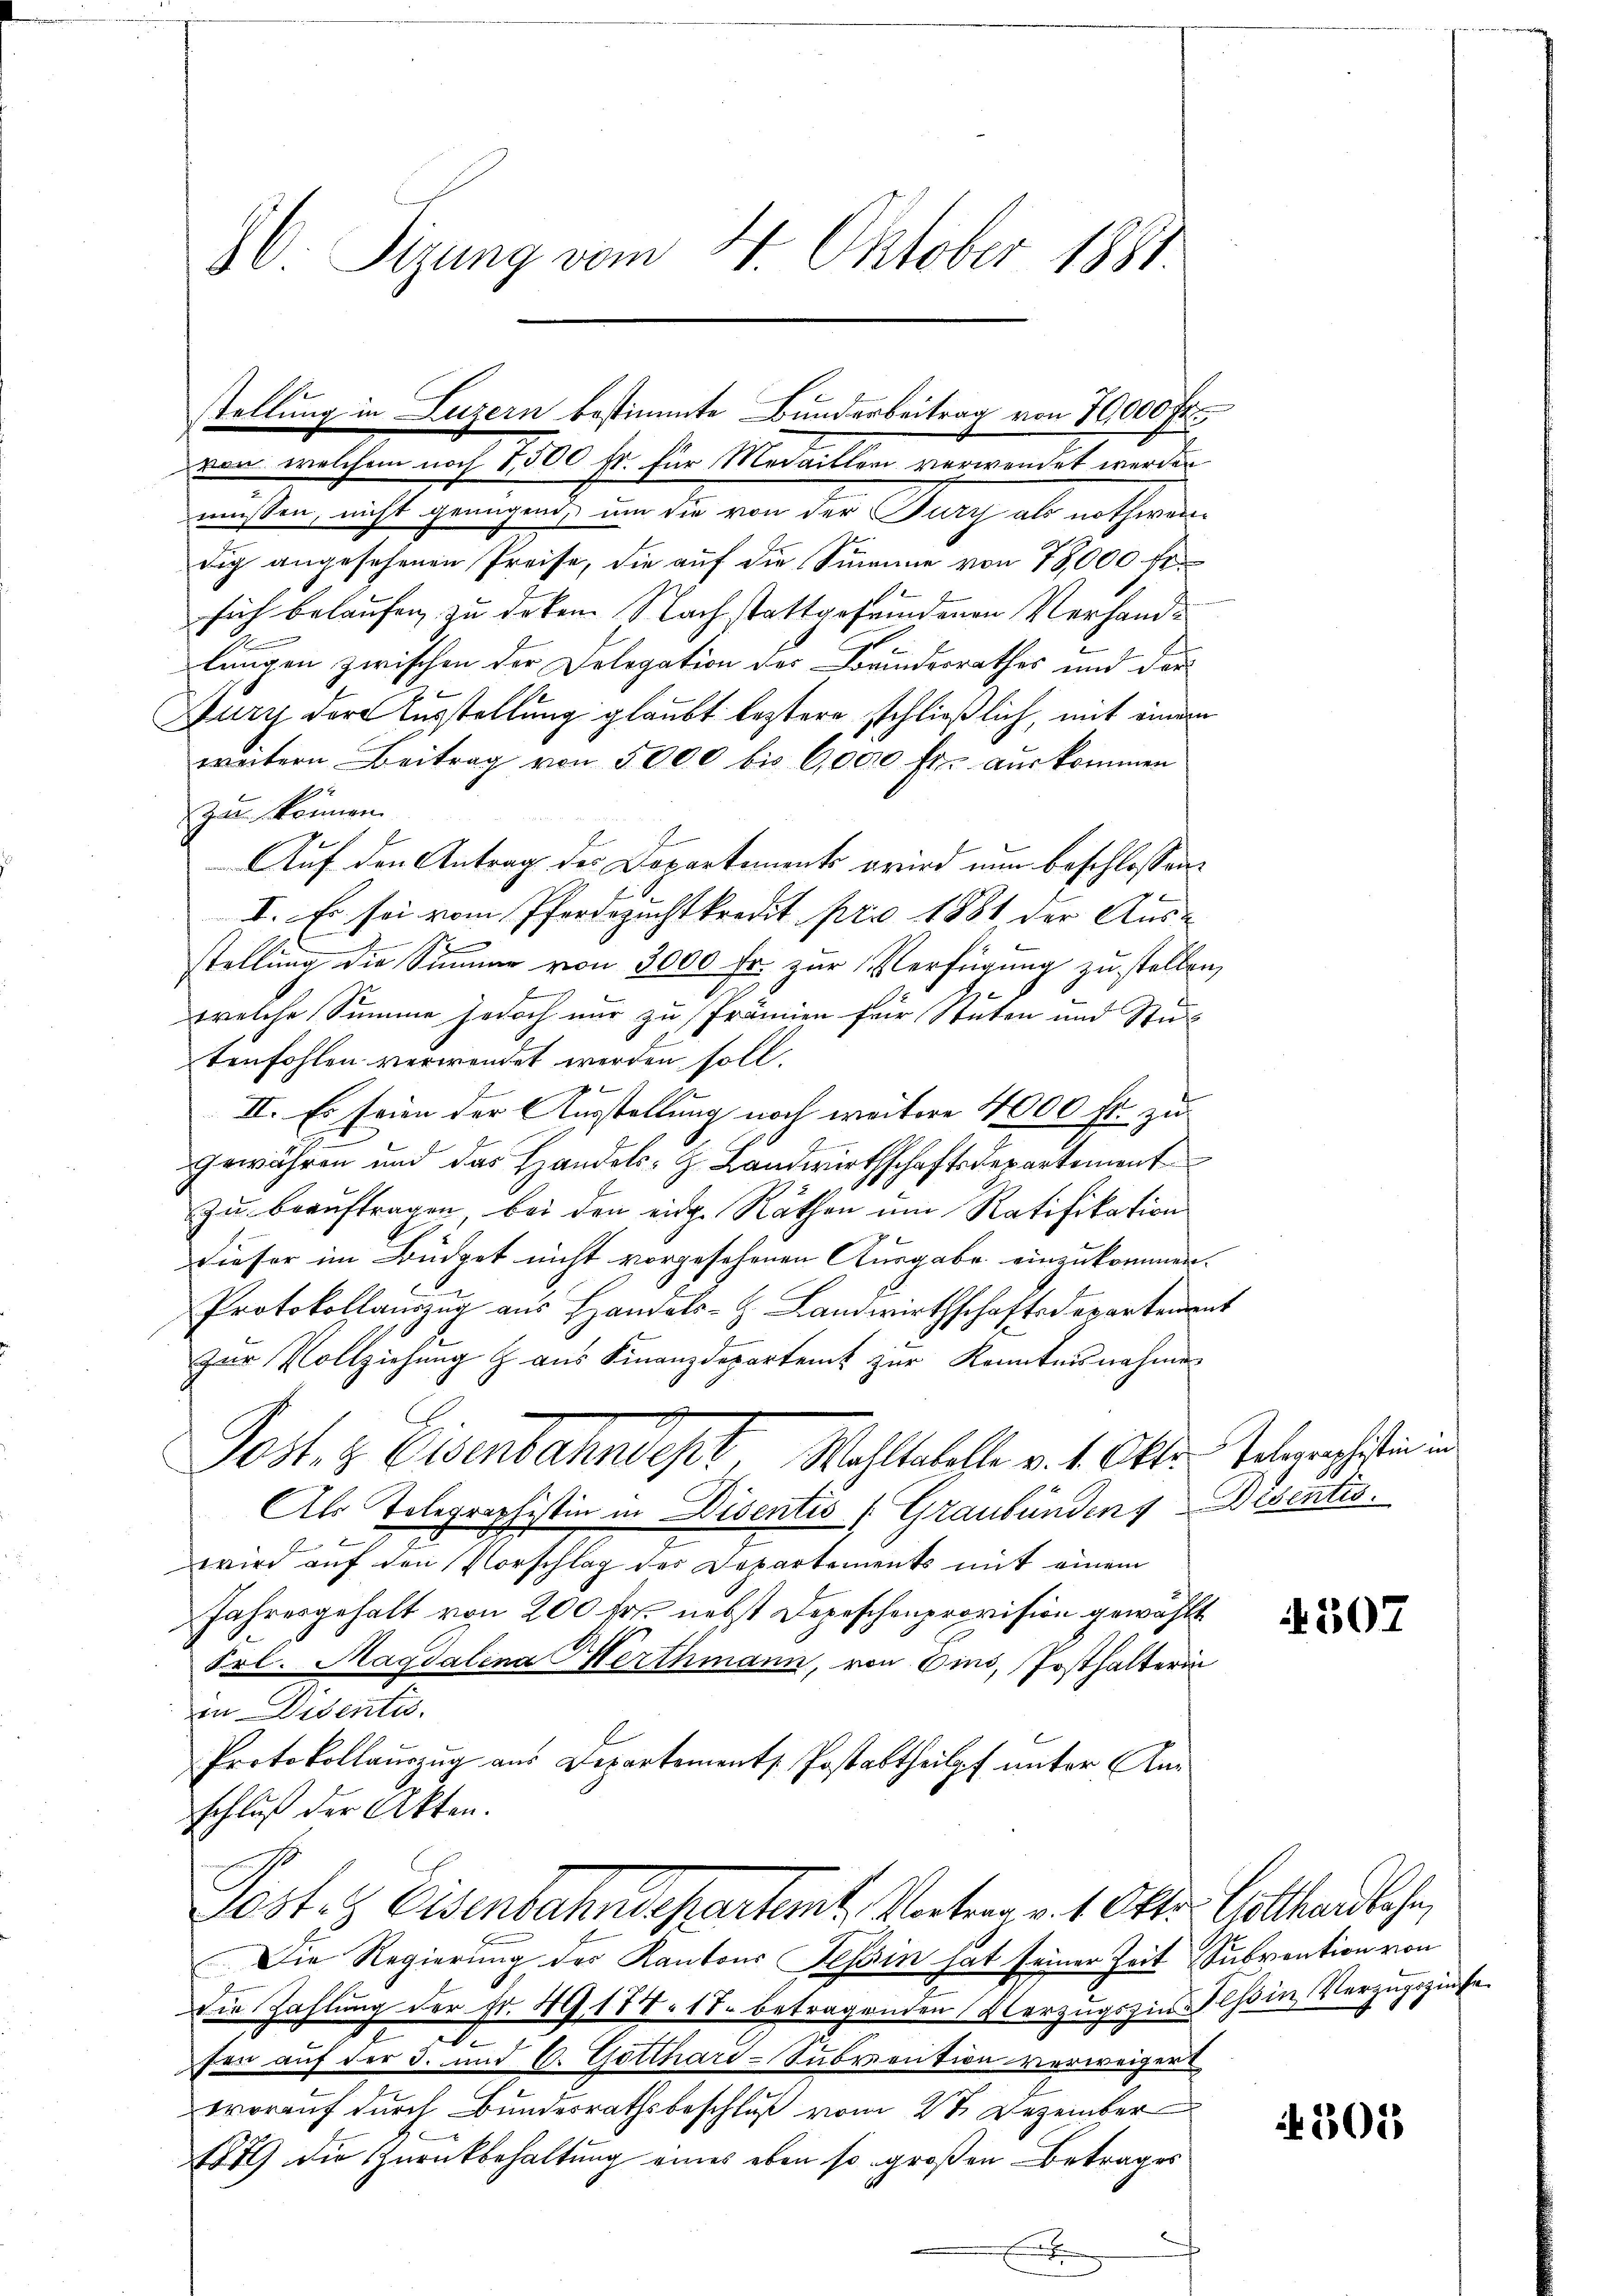
C. Sizung vom 4. Oktober 1881.

stellung in Luzern bestimmte Bunderbeitrag von 70,000 fr.
von welchem noch 1,500 fr. für Medailler verwendet werden
müssen, nicht genügends um die von der Durch als nothwen-
dig angesehenen Preise, die auf die Simanne von 78,000 fl.
sich belaufen, zu erken. Nach stattgefundenen Verhande
e
lungen zwischen der Delegation des Bundesrathes und der
Durch dere Ausstellung glaubt leztere schließlich, mit einem
weitern Beitrag von 5000 bis 6,000 fl. aus kommen
zu können.
Auf den Antrag des Dopartements wird nun beschlossen:
I. Es sei vom Pferdezuchtkredit pro 1881 der Aus-
stellung die Simmer von 3000 Fr. zur Verfügung zu stellen,
welche Summe jedoch nur zu Främien für Stuten und Stu
tenfohlen verwendet werden soll.
2
II. Es seien der Ausstellung noch weitere 4000 fr. zu
Gewähren und das Handels- H. Landwirthschaftsdepartement
zu beauftragen bei den eidg. Räthen um Ratifikation
dieser im Büdget nicht vorgesehenen Ausgabe einzukommen.
Protokollauszug aus Handels-H. Landwirthschaftsdepartement
zur Vollziehung z. aus Finanzdepartent zur Kenntnisnahme
Post & Eisenbahndept, Mahltatelle v. 1. Oktor Schwachsten un
Als Telegraphistin in Disentis (Graubünden Disentis.
wird auf den Vorschlag des Departements mit einem
Jahresgehalt von 200 fr. nebst Depeschenprovision gewählt.
Frl. Magdalena Merthmann, von Eins, Posthalterin
in Disentis
Protokollauszug aus Departement. Postattheilpf unter Anschluß der Akten.
Post. G. Eisenbahndepartent Vertrags 1. Okt. Gotthardbahn,
Die Regierung des Kantons Tessin hat seiner Zeit Subvention von
Die Zahlung der Fr. 49, 187. 17. betragenden Verzugszinsessin, Verzugszinse
fen auf der 3. und 6. Gotthard-Subvention verweiger
worauf durch Bundesrathsbeschluß vom 27. Dezember
1879 die Zurückbehaltung eines eben so großen Betrages

4507

301